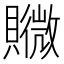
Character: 𧸮